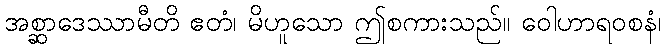
အစ္ဆာဒေဿာမီတိ ဧတံ၊ မိဟူသော ဤစကားသည်။ ဝေါဟာရဝစနံ၊